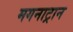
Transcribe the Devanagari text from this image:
मगनाट्रान